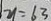
y = 6 3